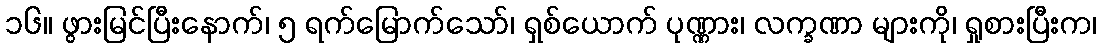
၁၆။ ဖွားမြင်ပြီးနောက်၊ ၅ ရက်မြောက်သော်၊ ရှစ်ယောက် ပုဏ္ဏား၊ လက္ခဏာ များကို၊ ရှုစားပြီးက၊